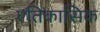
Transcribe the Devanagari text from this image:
एतिकासिक